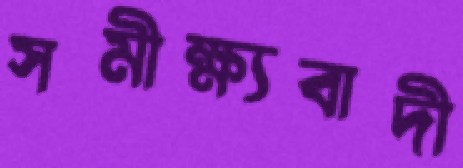
সমীক্ষ্যবাদী